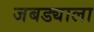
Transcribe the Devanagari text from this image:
जबड्याला